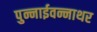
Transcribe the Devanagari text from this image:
पुन्नाईवन्नाथर